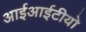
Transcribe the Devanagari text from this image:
आईआईटीयो